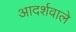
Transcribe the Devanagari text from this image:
आदर्शवाले